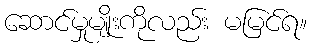
ဆောင်မှုမျိုးကိုလည်း မမြင်ရ။